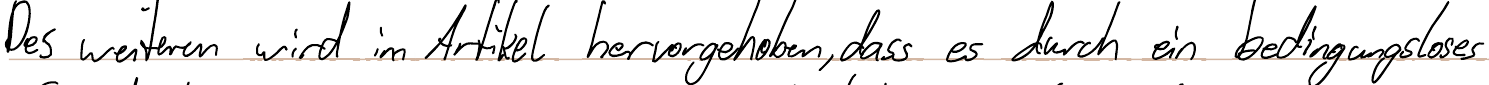
Des weiteren wird im Artikel hervorgehoben, dass es durch ein bedingungsloses